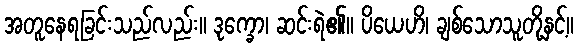
အတူနေရခြင်းသည်လည်း။ ဒုက္ခော၊ ဆင်းရဲ၏။ ပိယေဟိ၊ ချစ်သောသူတို့နှင့်။